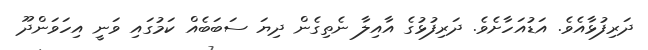
ދަރިފުޅާއެވެ. އަޑުއަހާށެވެ. ދަރިފުޅުގެ އާއިލާ ނެތިގެން ދިޔަ ސަބަބެއް ކަމުގައި ވަނީ އިހަވަންދޫ